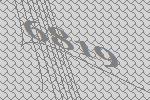
6819